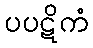
ပပဋိကံ